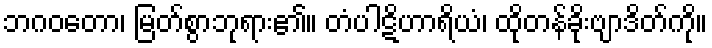
ဘဂဝတော၊ မြတ်စွာဘုရား၏။ တံပါဋိဟာရိယံ၊ ထိုတန်ခိုးဗျာဒိတ်ကို။